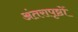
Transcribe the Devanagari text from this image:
अंतरापृष्ठों